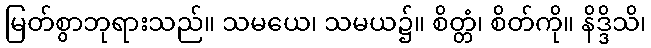
မြတ်စွာဘုရားသည်။ သမယေ၊ သမယ၌။ စိတ္တံ၊ စိတ်ကို။ နိဒ္ဒိသိ၊